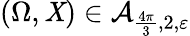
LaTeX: (\Omega,\mathit{X})\in\mathcal{A}_{\frac{{4\pi}}{{3}},2,\varepsilon}